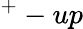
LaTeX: ^+-up